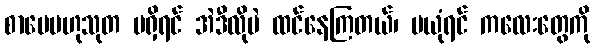
စာပေဗဟုသုတ မရှိရင် အဲဒီလိုပဲ ထင်နေကြတယ်၊ မယုံရင် ကလေးတွေကို